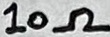
Text: 10kΩ